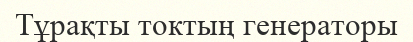
Тұрақты токтың генераторы